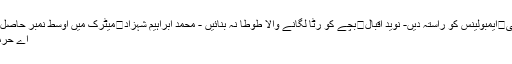
- عادِل سُہیل ظفر	بیوہ - انعم تسنیم قریشی	ایمبولینس کو راستہ دیں- نوید اقبال	بچے کو رٹا لگانے والا طوطا نہ بنائیں - محمد ابراہیم شہزاد	میٹرک میں اوسط نمبر حاصل کرنے والوں کے نام - حنظلہ عماد	کالم
اے حرمین کے عابد، اقصیٰ کی بھی تیاری ہے؟